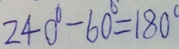
2 4 0 ^ { \circ } - 6 0 ^ { \circ } = 1 8 0 ^ { \circ }